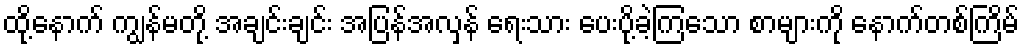
ထို့နောက် ကျွန်မတို့ အချင်းချင်း အပြန်အလှန် ရေးသား ပေးပို့ခဲ့ကြသော စာများကို နောက်တစ်ကြိမ်